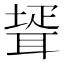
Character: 𦖜